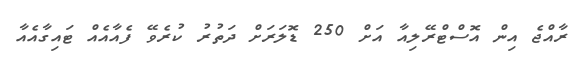
ރާއްޖެ އިން އޮސްޓްރޭލިއާ އަށް 250 ޑޮލަރަށް ދަތުރު ކުރެވޭ ފެއާއެއް ޓައިގާއެއާ